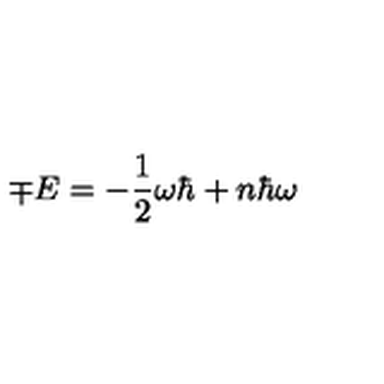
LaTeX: \mp E = - \frac { 1 } { 2 } \omega \hbar + n \hbar \omega